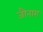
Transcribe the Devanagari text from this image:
जौनारा